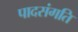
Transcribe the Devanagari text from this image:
पादसंगति